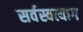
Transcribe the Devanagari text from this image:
सर्वस्वत्याग